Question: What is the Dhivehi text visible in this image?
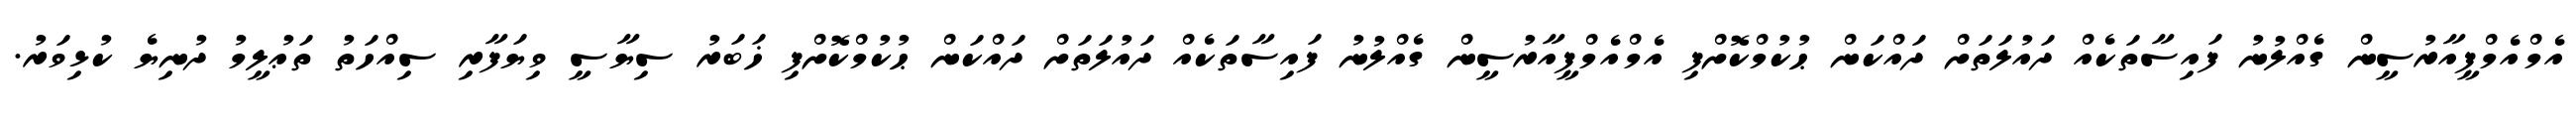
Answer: އެމްއެމްޕީއާރުސީން ގެއްލުނު ފައިސާތަކެއް ދައުލަތަށް ދައްކަން ޙުކުމްކޮށްފި އެމްއެމްޕީއާރުސީން ގެއްލުނު ފައިސާތަކެއް ދައުލަތަށް ދައްކަން ޙުކުމްކޮށްފި ޚަބަރު ސިޔާސީ ވިޔަފާރި ސިއްހަތު ތަޢުލީމު ދުނިޔެ ކުޅިވަރު.